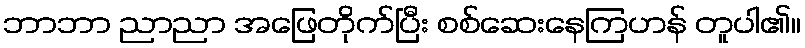
ဘာဘာ ညာညာ အဖြေတိုက်ပြီး စစ်ဆေးနေကြဟန် တူပါ၏။